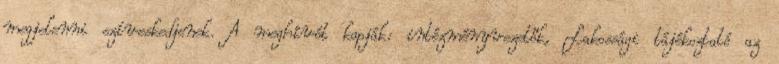
megjelenni szíveskedjenek. A meghívót kapják: intézményvezetők, Lakossági tájékoztató az